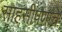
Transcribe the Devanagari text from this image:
साहसीपणाचे